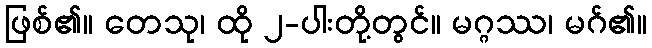
ဖြစ်၏။ တေသု၊ ထို ၂-ပါးတို့တွင်။ မဂ္ဂဿ၊ မဂ်၏။